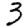
Digit: 3